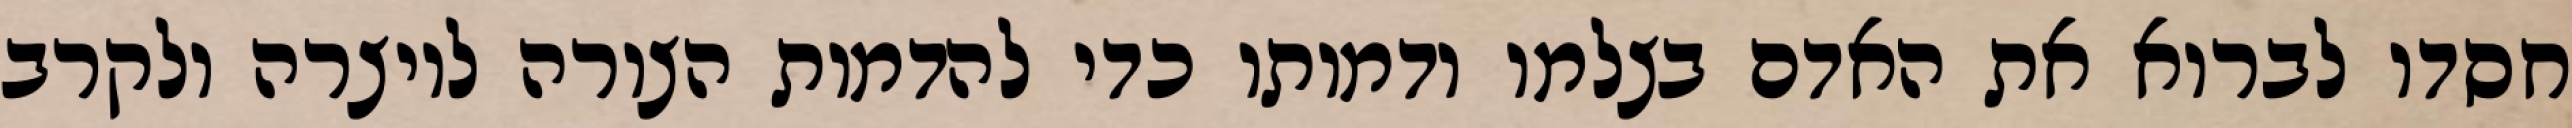
חסדו לברוא את האדם בצלמו ודמותו כדי להדמות הצורה ליוצרה ולקרב